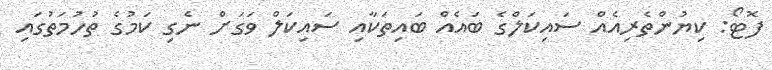
ފޮޓޯ: ކިޔުންތެރިއެއް ސައިކަލްގެ ބައެއް ބައިތަކާއި ސައިކަލް ވަގަށް ނެގި ކަމުގެ ތުހުމަތުގައި